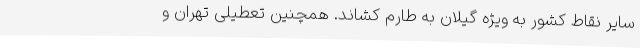
سایر نقاط کشور به ویژه گیلان به طارم کشاند. همچنین تعطیلی تهران و